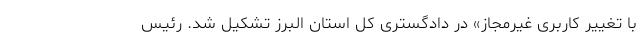
با تغییر کاربری غیرمجاز» در دادگستری کل استان البرز تشکیل شد. رئیس